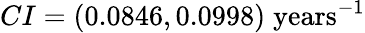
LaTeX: CI=(0.0846,0.0998)\; \textrm{years}^{-1}